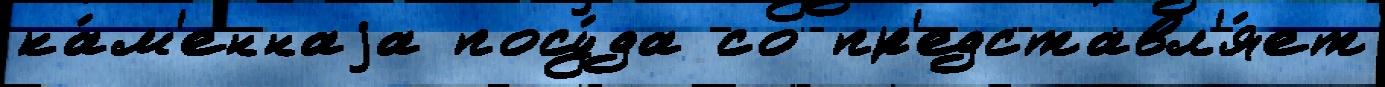
ка́м'еннаjа посу́да со пр'едставл'я́ет